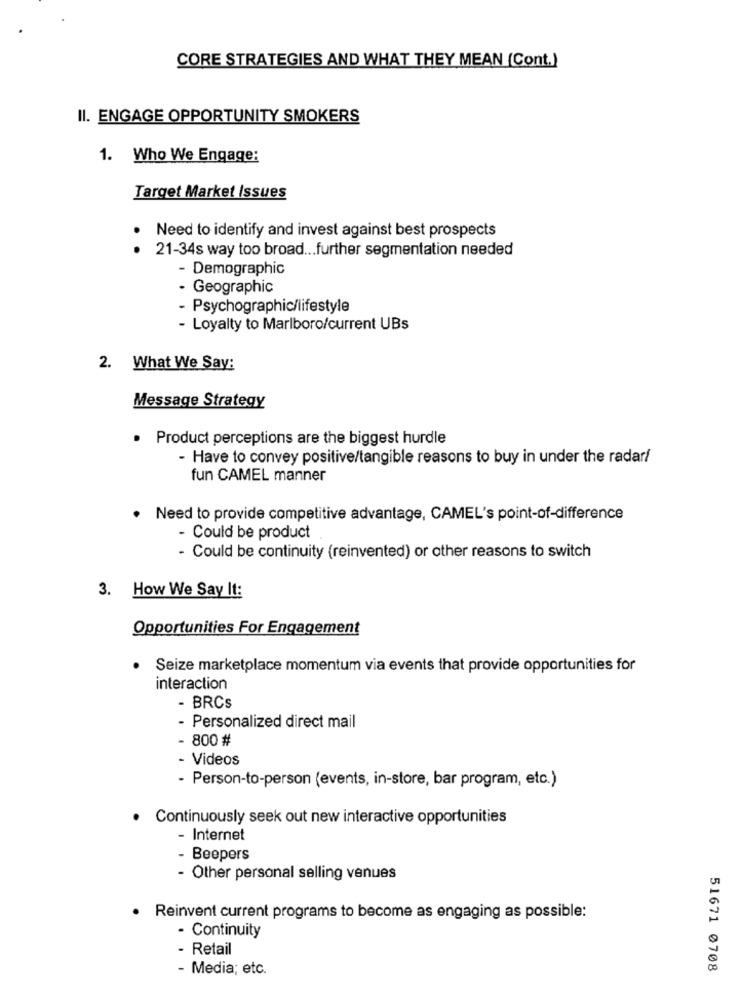
CORE STRATEGIES AND WHAT THEY MEAN (Cont.)
II. ENGAGE OPPORTUNITY SMOKERS
1. Who We Engage:
Target Market Issues
Need to identify and invest against best prospects
21-34s way too broad ... further segmentation needed
- Demographic
- Geographic
- Psychographic/lifestyle
- Loyalty to Marlboro/current UBs
2. What We Say:
Message Strategy
. Product perceptions are the biggest hurdle
- Have to convey positive/tangible reasons to buy in under the radar/
fun CAMEL manner
· Need to provide competitive advantage, CAMEL's point-of-difference
- Could be product
- Could be continuity (reinvented) or other reasons to switch
3. How We Say It:
Opportunities For Engagement
Seize marketplace momentum via events that provide opportunities for
interaction
- BRCs
- Personalized direct mail
- 800 #
- Videos
- Person-to-person (events, in-store, bar program, etc.)
· Continuously seek out new interactive opportunities
- Internet
- Beepers
- Other personal selling venues
· Reinvent current programs to become as engaging as possible:
- Continuity
- Retail
- Media; etc.
51671 0708